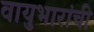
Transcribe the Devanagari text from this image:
वायुभारांची